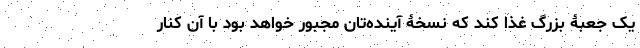
یک جعبۀ بزرگ غذا کند که نسخۀ آینده‌تان مجبور خواهد بود با آن کنار